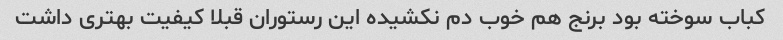
کباب سوخته بود برنج هم خوب دم نکشیده این رستوران قبلا کیفیت بهتری داشت